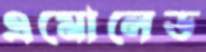
এমোলেড